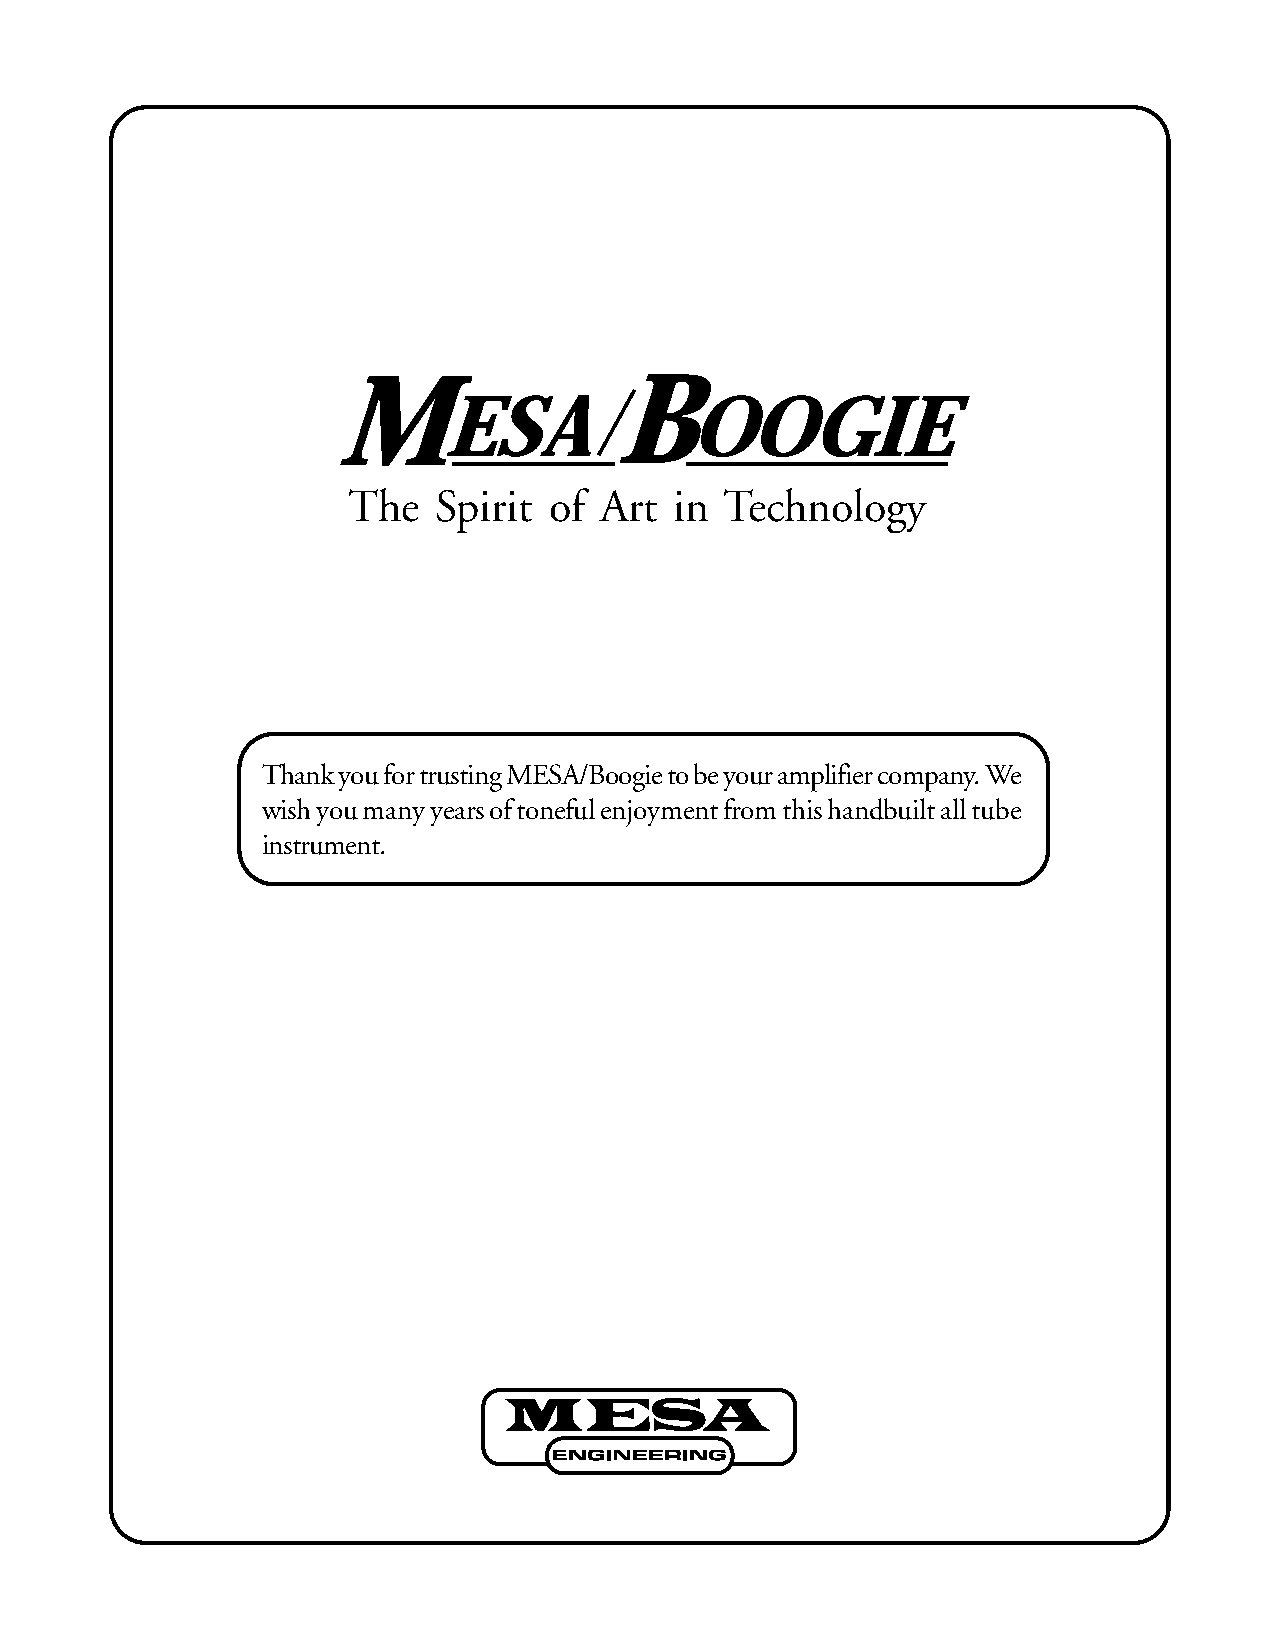
M                  B
 ESA              OOGIE
 The   Spirit of  Art  in Technology
 Thank you for trusting MESA/Boogie to be your amplifier company. We
 wish you many years of toneful enjoyment from this handbuilt all tube
 instrument.